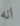
انه